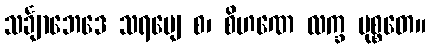
သင်္ချာဘေဒေ သရဗျေ စ၊ စိဟဏေ လက္ခ မုစ္စတေ။